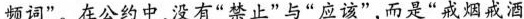
频词”。在公约中，没有“禁止”与“应该”，而是“戒烟戒酒